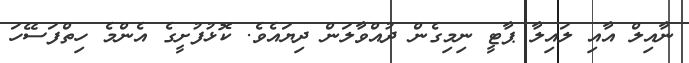
ނާއިލް އާއި ލައިލާ ޕާޓީ ނިމިގެން ދުއްވާލަން ދިޔައެވެ. ކޮޅުފުށީގެ އެންމެ ހިތްފަސޭހަ